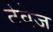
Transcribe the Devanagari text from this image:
टेवेज